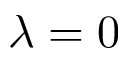
\lambda = 0